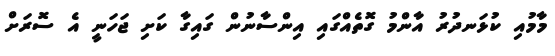
މާމުއި ކުޅަނދުރު އާންމު ގޮތެއްގައި އިންސާނުން ގައިގާ ކަށި ޖަހަނީ އެ ސޮރަށް